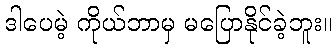
ဒါပေမဲ့ ကိုယ်ဘာမှ မပြောနိုင်ခဲ့ဘူး။